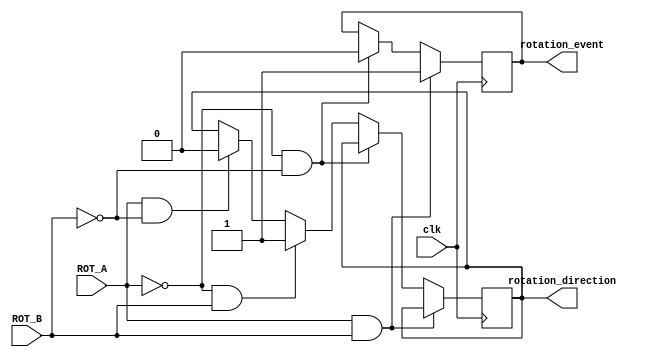
`timescale 1ns / 1ps
//////////////////////////////////////////////////////////////////////////////////
// Company: 
// Engineer: 
// 
// Design Name: 
// Module Name:    rotatory_shaft 
// Project Name: 
// Target Devices: 
// Tool versions: 
// Description: 
//
// Dependencies: 
//
// Revision: 
// Revision 0.01 - File Created
// Additional Comments: 
//
//////////////////////////////////////////////////////////////////////////////////
module rotatory_shaft(clk, ROT_A,ROT_B,rotation_event, rotation_direction);
	input clk, ROT_A, ROT_B;
	output rotation_event, rotation_direction;
	reg rotation_event, rotation_direction;

	always@(posedge clk) begin
		if(ROT_A == 1 & ROT_B == 1) begin
			rotation_event <= 1;
		end
		else if(ROT_A == 0 & ROT_B == 0) begin
			rotation_event <= 0;
		end
		else if(ROT_A == 0 & ROT_B == 1) begin
			rotation_direction <= 1;
		end
		else if(ROT_A == 1 & ROT_B == 0) begin
			rotation_direction <= 0;
		end
	end
endmodule